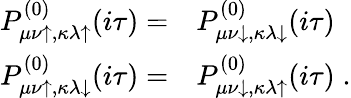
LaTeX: \begin{array}{rl}{P_{\mu\nu\uparrow,\kappa\lambda\uparrow}^{(0)}(i\tau)=}&{P_{\mu\nu\downarrow,\kappa\lambda\downarrow}^{(0)}(i\tau)}\\ {P_{\mu\nu\uparrow,\kappa\lambda\downarrow}^{(0)}(i\tau)=}&{P_{\mu\nu\downarrow,\kappa\lambda\uparrow}^{(0)}(i\tau)\; .}\end{array}